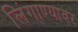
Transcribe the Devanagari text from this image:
लिंगाण्यावर